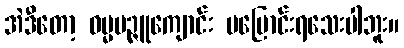
အဲဒီတော့ ဓမ္မမဉ္ဇူကျောင်း မပြောင်းရသေးပါဘူး။